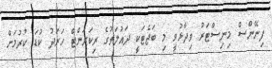
ފިނޭންސް މިނިސްޓަރު ވިދާޅުވީ މި ބަޖެޓަކީ ދައުލަތުގެ ރިކަރަންޓް ހަރަދު ކުޑަ ކުރުމަށް